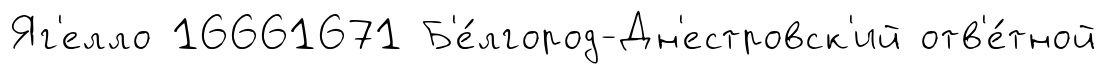
Яг'елло 16661671 Б'е́лгород-Дн'естровск'ий отв'е́тной